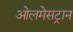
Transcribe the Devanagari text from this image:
ओलमेसट्रान